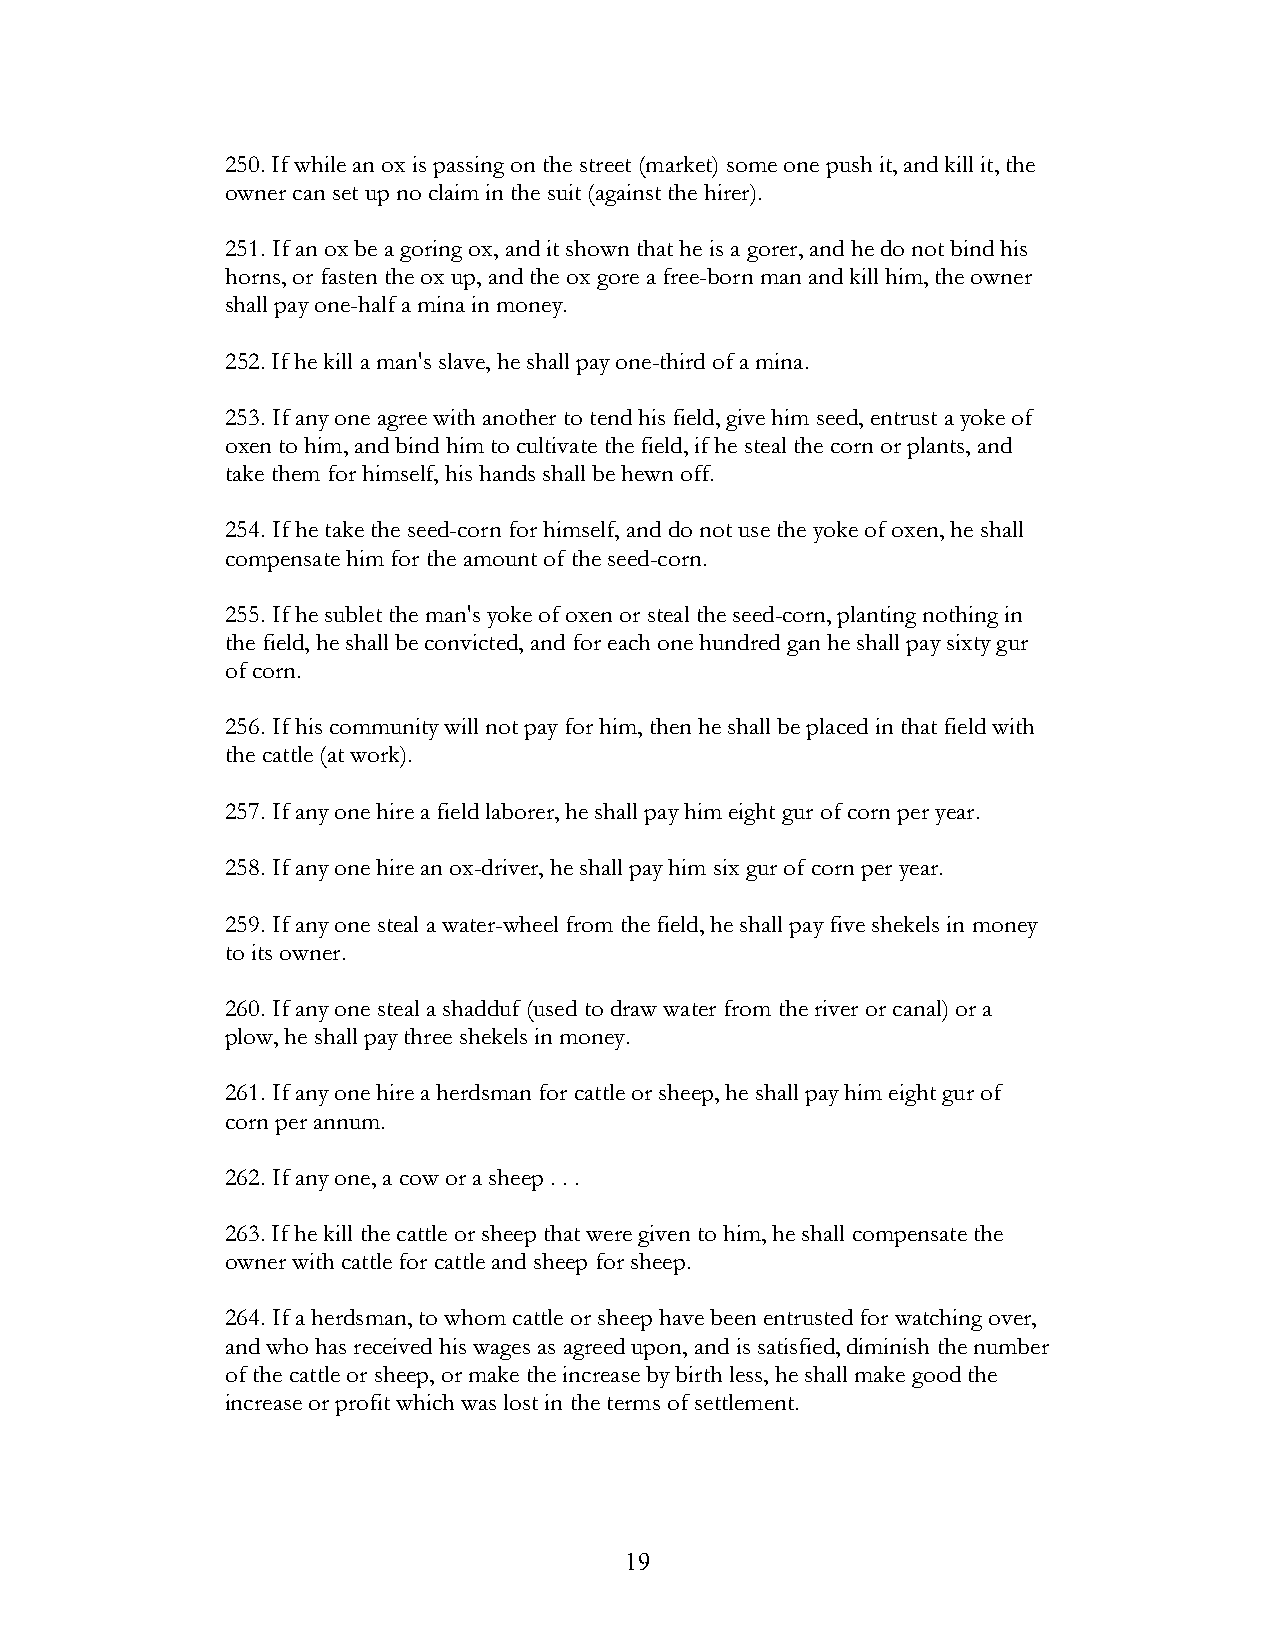
250. If while an ox is passing on the street (market) some one push it, and kill it, the
 owner can set up no claim in the suit (against the hirer).
 251. If an ox be a goring ox, and it shown that he is a gorer, and he do not bind his
 horns, or fasten the ox up, and the ox gore a free-born man and kill him, the owner
 shall pay one-half a mina in money.
 252. If he kill a man's slave, he shall pay one-third of a mina.
 253. If any one agree with another to tend his field, give him seed, entrust a yoke of
 oxen to him, and bind him to cultivate the field, if he steal the corn or plants, and
 take them for himself, his hands shall be hewn off.
 254. If he take the seed-corn for himself, and do not use the yoke of oxen, he shall
 compensate him for the amount of the seed-corn.
 255. If he sublet the man's yoke of oxen or steal the seed-corn, planting nothing in
 the field, he shall be convicted, and for each one hundred gan he shall pay sixty gur
 of corn.
 256. If his community will not pay for him, then he shall be placed in that field with
 the cattle (at work).
 257. If any one hire a field laborer, he shall pay him eight gur of corn per year.
 258. If any one hire an ox-driver, he shall pay him six gur of corn per year.
 259. If any one steal a water-wheel from the field, he shall pay five shekels in money
 to its owner.
 260. If any one steal a shadduf (used to draw water from the river or canal) or a
 plow, he shall pay three shekels in money.
 261. If any one hire a herdsman for cattle or sheep, he shall pay him eight gur of
 corn per annum.
 262. If any one, a cow or a sheep . . .
 263. If he kill the cattle or sheep that were given to him, he shall compensate the
 owner with cattle for cattle and sheep for sheep.
 264. If a herdsman, to whom cattle or sheep have been entrusted for watching over,
 and who has received his wages as agreed upon, and is satisfied, diminish the number
 of the cattle or sheep, or make the increase by birth less, he shall make good the
 increase or profit which was lost in the terms of settlement.
 !                         19